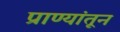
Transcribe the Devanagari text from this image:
प्राण्यांतून